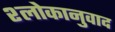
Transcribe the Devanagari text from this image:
श्‍लोकानुवाद